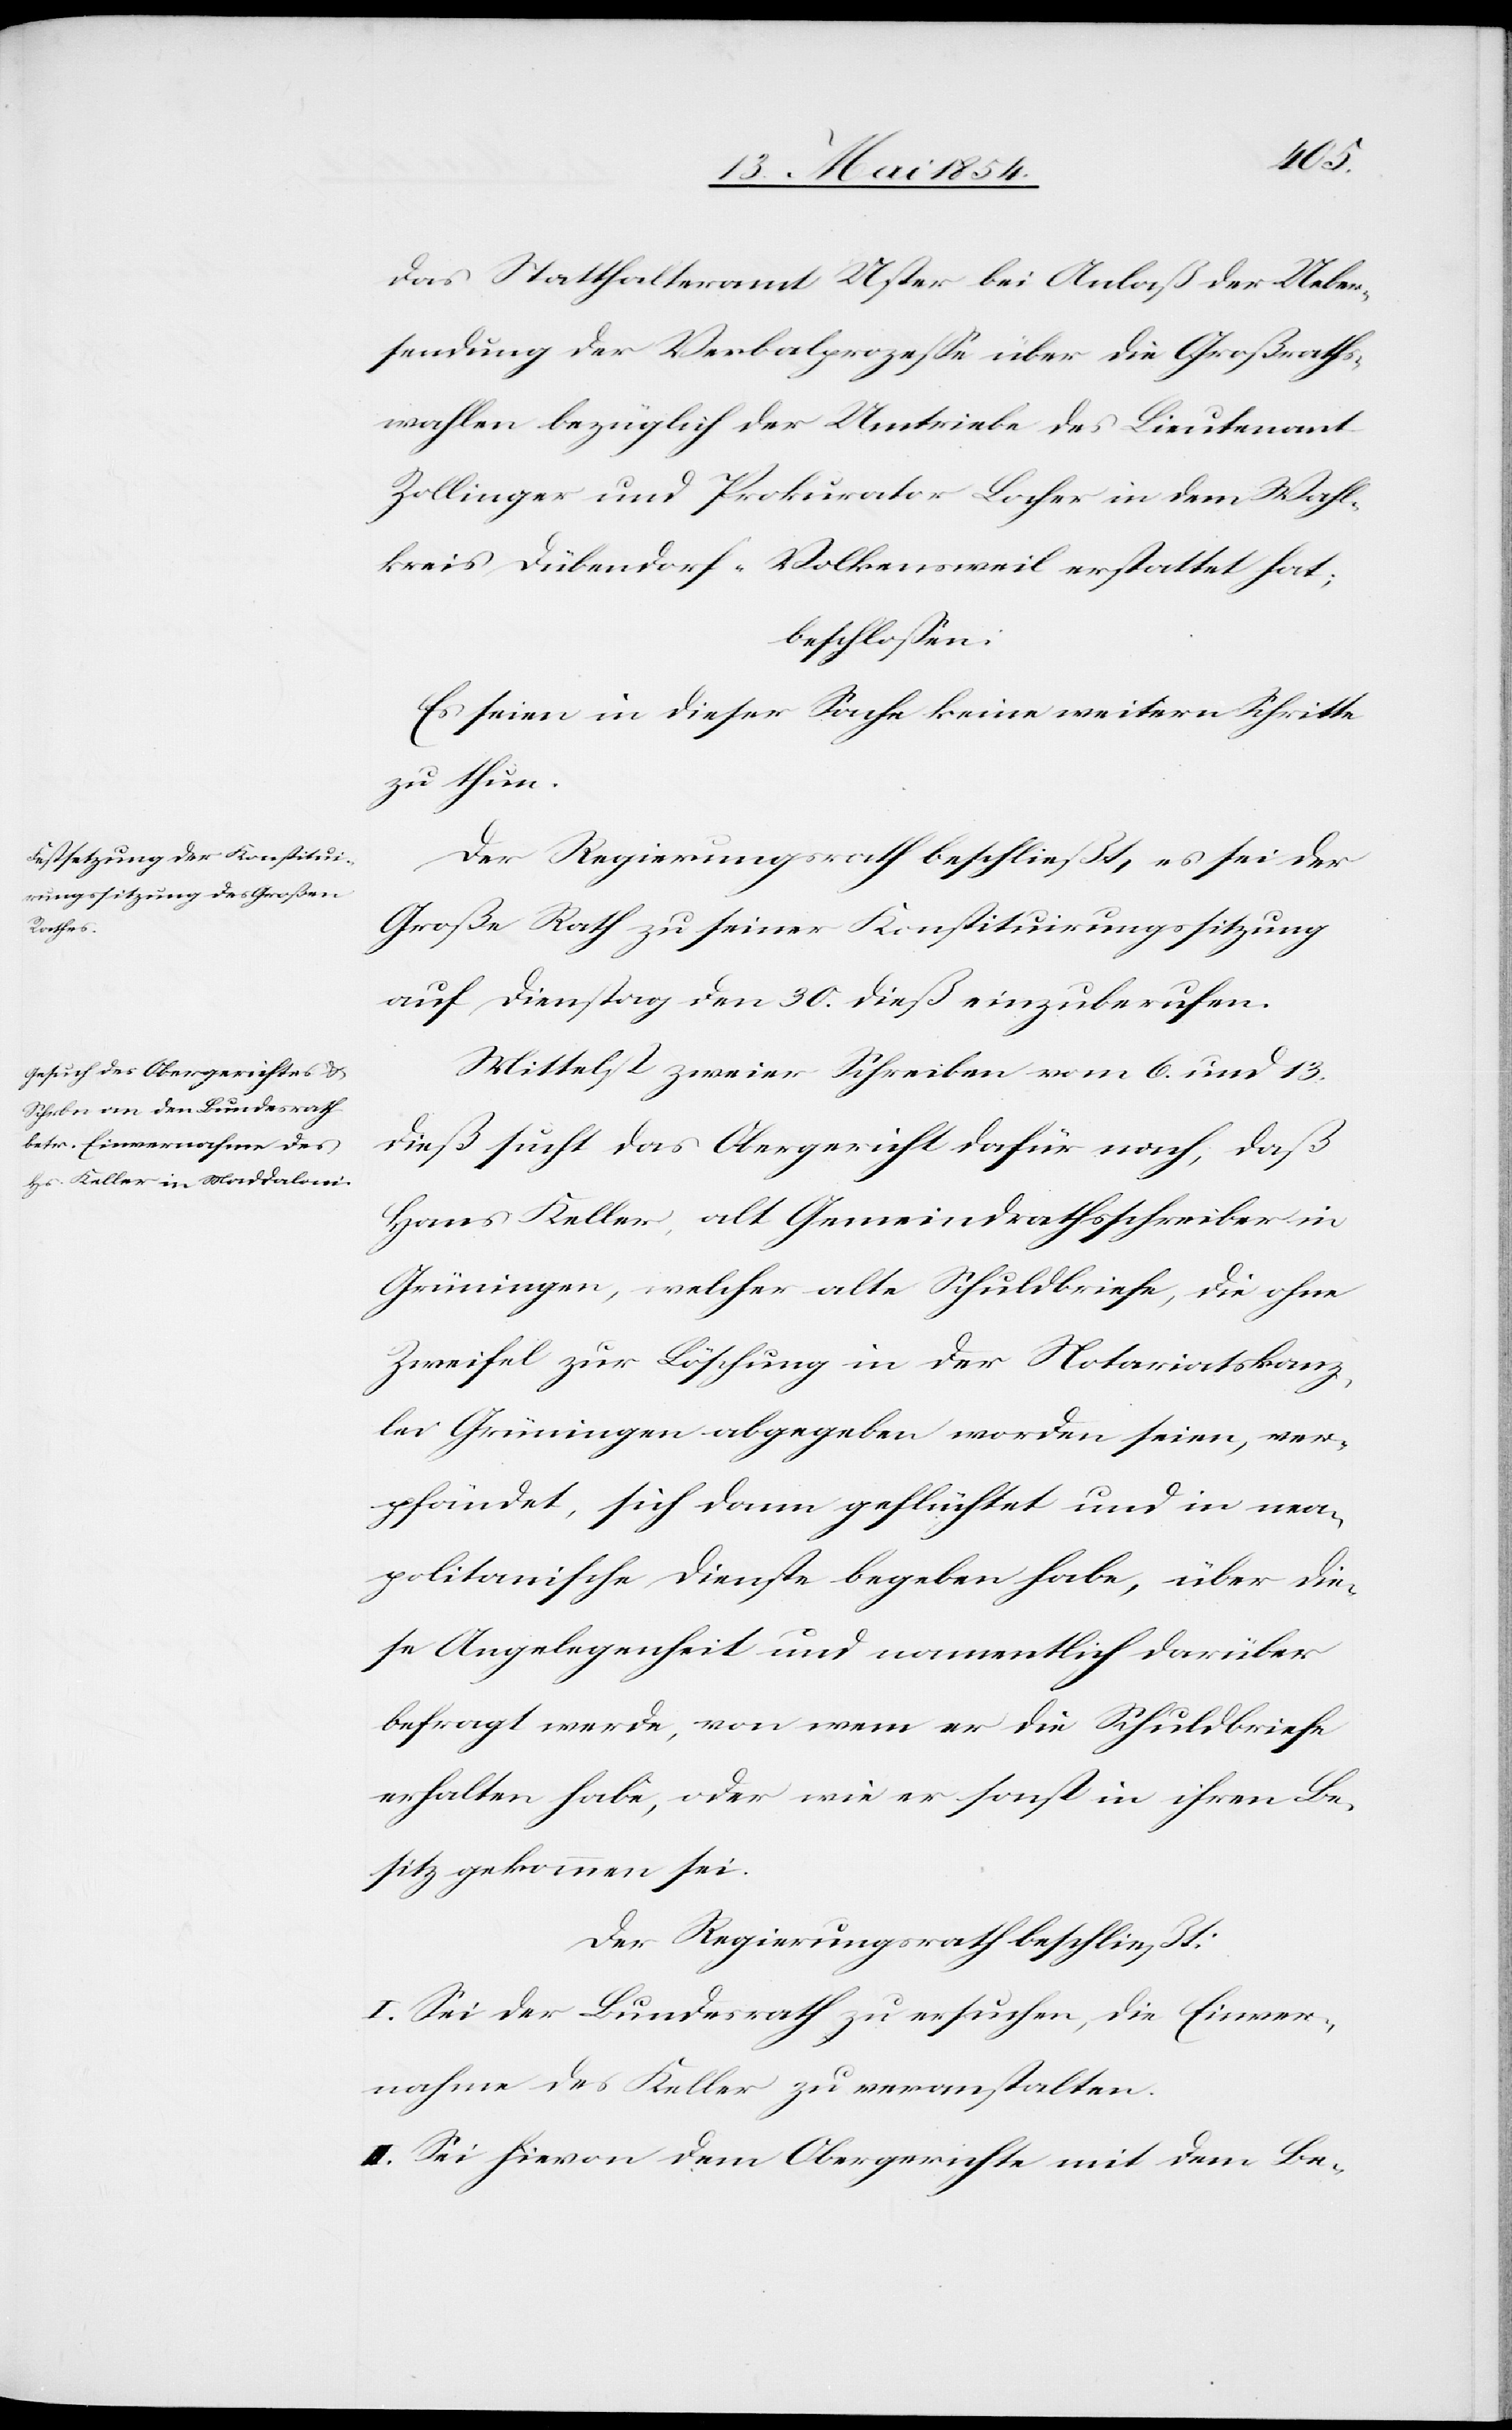
das Statthalteramt Uster bei Anlaß der Ueber¬
sendung der Verbalprozeße über die Großraths¬
wahlen bezüglich der Umtriebe des Lieutenant
Zollinger und Prokurator Locher in dem Wahl¬
kreis Dübendorf-Volkensweil erstattet hat;
beschloßen:
Es seien in dieser Sache keine weitern Schritte
zu thun.
Der Regierungsrath beschließt, es sei der
Große Rath zu seiner Konstituirungssitzung
auf Dienstag den 30. dieß einzuberufen.
Mittelst zweier Schreiben vom 6. und 13.
dieß sucht das Obergericht dafür nach, daß
Hans Keller, alt Gemeindrathsschreiber in
Grüningen, welcher alte Schuldbriefe, die ohne
Zweifel zur Löschung in der Notariatskanz¬
lei Grüningen abgegeben worden seien, ver¬
pfändet, sich dann geflüchtet und in nea¬
politanische Dienste begeben habe, über die¬
se Angelegenheit und namentlich darüber
befragt wurde, von wem er die Schuldbriefe
erhalten habe, oder wie er sonst in ihren Be¬
sitz gekommen sei.
Der Regierungsrath beschließt:
I. Sei der Bundesrath zu ersuchen, die Einver¬
nahme des Keller zu veranstalten.
II. Sei hievon dem Obergerichte mit dem Be-